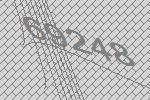
69248